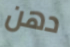
دهن